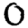
Digit: 0